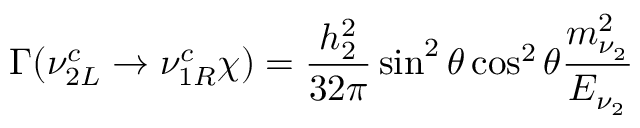
\Gamma ( \nu _ { 2 L } ^ { c } \rightarrow \nu _ { 1 R } ^ { c } \chi ) = \frac { h _ { 2 } ^ { 2 } } { 3 2 \pi } \sin ^ { 2 } { \theta } \cos ^ { 2 } { \theta } \frac { m _ { \nu _ { 2 } } ^ { 2 } } { E _ { \nu _ { 2 } } }